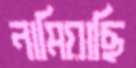
নামিয়াছি